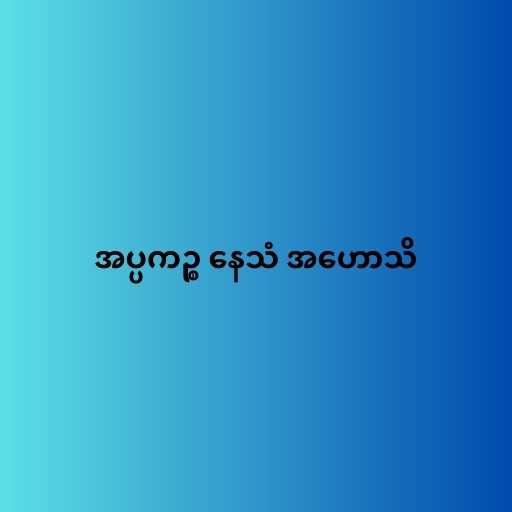
အပ္ပကဉ္စ နေသံ အဟောသိ